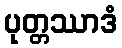
ပုတ္တဿာဒံ